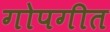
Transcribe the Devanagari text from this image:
गोपगीत